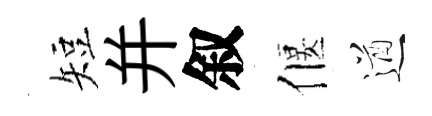
短并叙偃遒